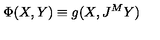
\Phi ( X , Y ) \equiv g ( X , J ^ { M } Y )